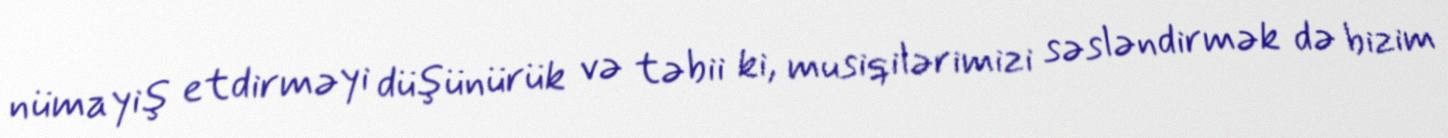
nümayiş etdirməyi düşünürük və təbii ki, musiqilərimizi səsləndirmək də bizim